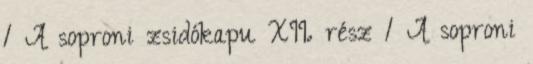
1 A soproni zsidókapu XII. rész 1 A soproni